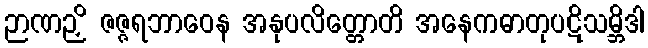
ဉာဏဉှိ ဇဇ္ဇရဘာဝေန အနုပလိတ္တောတိ အနေကဓာတုပဋိသမ္ဘိဒါ